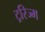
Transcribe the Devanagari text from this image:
ट्ररिज्म